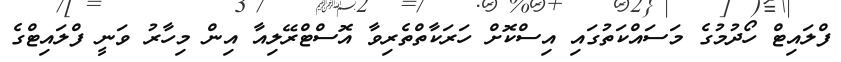
ފްލައިޓް ހޯދުމުގެ މަސައްކަތުގައި އިސްކޮށް ހަރަކާތްތެރިވާ އޮސްޓްރޭލިއާ އިން މިހާރު ވަނީ ފްލައިޓްގެ